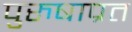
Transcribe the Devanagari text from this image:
पुरुषाप्रत